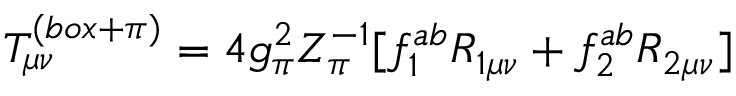
T _ { \mu \nu } ^ { ( b o x + \pi ) } = 4 g _ { \pi } ^ { 2 } Z _ { \pi } ^ { - 1 } [ f _ { 1 } ^ { a b } R _ { 1 \mu \nu } + f _ { 2 } ^ { a b } R _ { 2 \mu \nu } ]